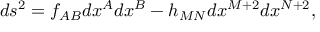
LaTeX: d s ^ { 2 } = f _ { A B } d x ^ { A } d x ^ { B } - h _ { M N } d x ^ { M + 2 } d x ^ { N + 2 } ,